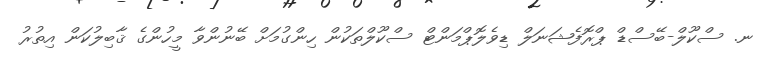
ނ. ސްކޫލް-ބޭސްޑް ޕްރޮފެޝަނަލް ޑިވެލޮޕްމަންޓް ސްކޫލްތަކުން ހިންގުމަށް ބޭނުންވާ މީހުންގެ ޤާބިލުކަން އިތުރު